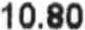
10.80